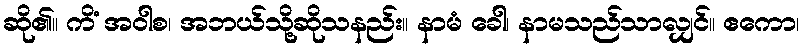
ဆို၏။ ကိံ အဝါစ၊ အဘယ်သို့ဆိုသနည်း။ နာမံ ခေါ၊ နာမသည်သာလျှင်။ ဧကော၊